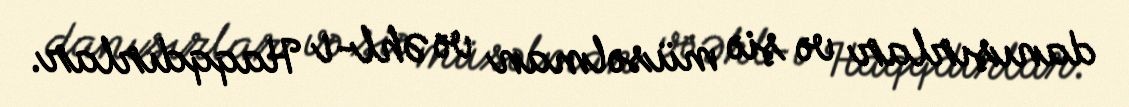
danışırlar və şiə müsəlman və Əhl-i Haqqdırlar.